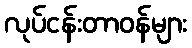
လုပ်ငန်းတာဝန်များ